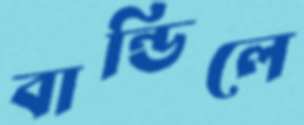
বান্ডিলে